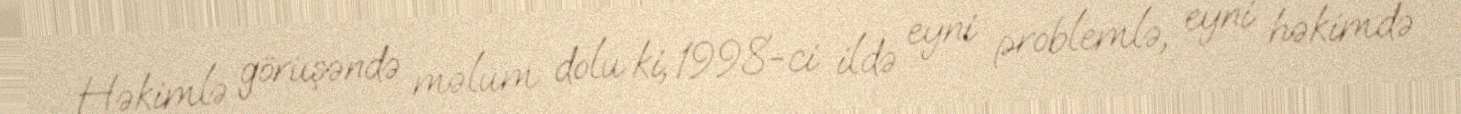
Həkimlə görüşəndə məlum dolu ki, 1998-ci ildə eyni problemlə, eyni həkimdə